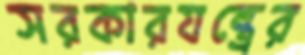
সরকারযন্ত্রের